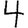
Digit: 4